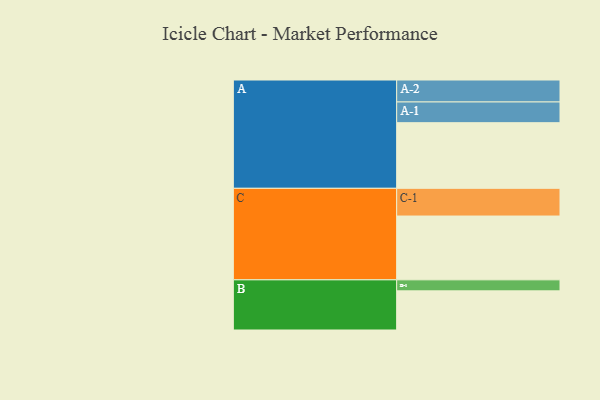
{"axis": {"x": "Segment", "y": "Value"}, "legend": ["", "A", "B", "C"], "data": [{"x": "A", "y": 535, "type": ""}, {"x": "B", "y": 319, "type": ""}, {"x": "C", "y": 520, "type": ""}, {"x": "A-1", "y": 169, "type": "A"}, {"x": "A-2", "y": 179, "type": "A"}, {"x": "B-1", "y": 90, "type": "B"}, {"x": "C-1", "y": 226, "type": "C"}]}